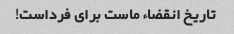
تاریخ انقضاء ماست برای فرداست!